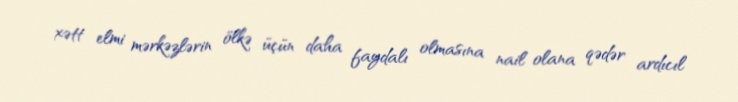
xətt elmi mərkəzlərin ölkə üçün daha faydalı olmasına nail olana qədər ardıcıl